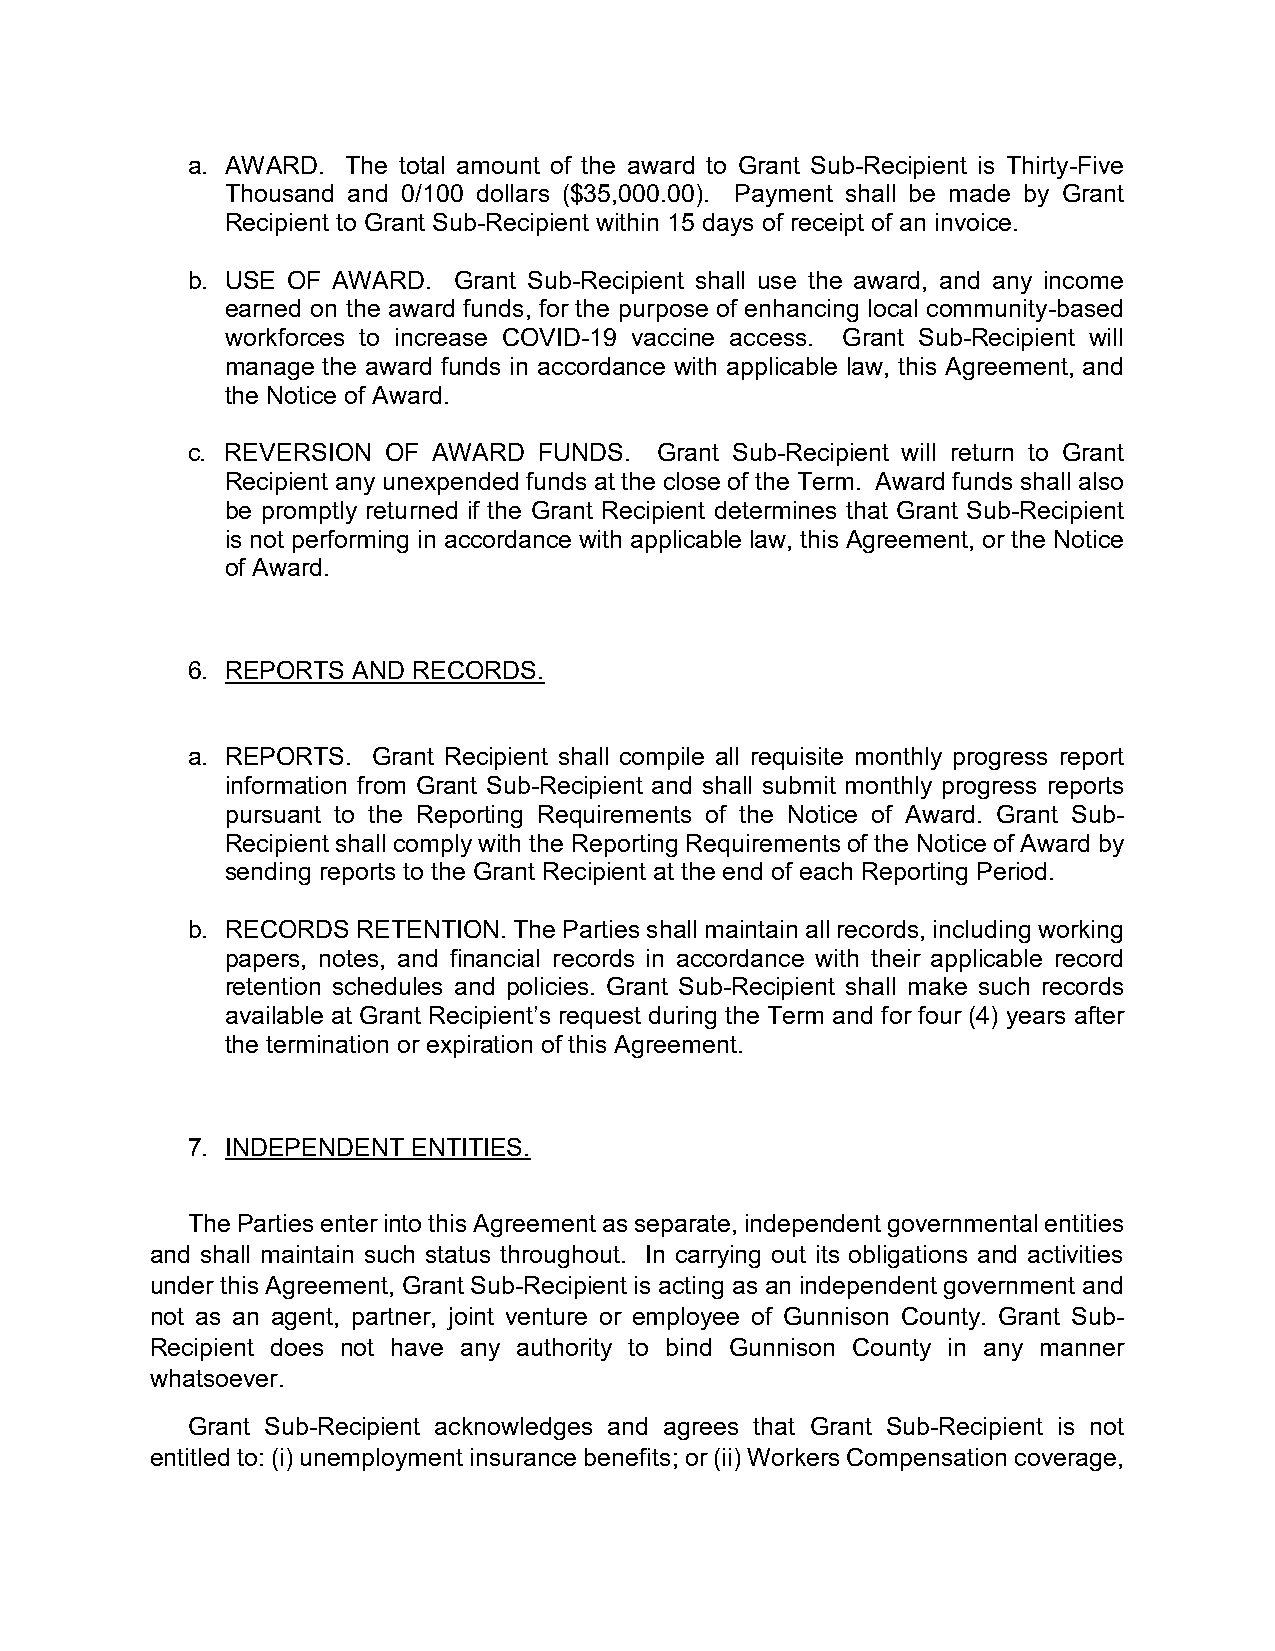
a. AWARD.  The total amount of the award to Grant Sub-Recipient is Thirty-Five
 Thousand and 0/100 dollars ($35,000.00). Payment shall be made by Grant
 Recipient to Grant Sub-Recipient within 15 days of receipt of an invoice.
 b. USE OF AWARD.  Grant Sub-Recipient shall use the award, and any income
 earned on the award funds, for the purpose of enhancing local community-based
 workforces to increase COVID-19 vaccine access. Grant Sub-Recipient will
 manage the award funds in accordance with applicable law, this Agreement, and
 the Notice of Award.
 c. REVERSION OF  AWARD  FUNDS.  Grant Sub-Recipient will return to Grant
 Recipient any unexpended funds at the close of the Term. Award funds shall also
 be promptly returned if the Grant Recipient determines that Grant Sub-Recipient
 is not performing in accordance with applicable law, this Agreement, or the Notice
 of Award.
 6. REPORTS AND RECORDS.
 a. REPORTS.  Grant Recipient shall compile all requisite monthly progress report
 information from Grant Sub-Recipient and shall submit monthly progress reports
 pursuant to the Reporting Requirements of the Notice of Award. Grant Sub-
 Recipient shall comply with the Reporting Requirements of the Notice of Award by
 sending reports to the Grant Recipient at the end of each Reporting Period.
 b. RECORDS  RETENTION. The Parties shall maintain all records, including working
 papers, notes, and financial records in accordance with their applicable record
 retention schedules and policies. Grant Sub-Recipient shall make such records
 available at Grant Recipient’s request during the Term and for four (4) years after
 the termination or expiration of this Agreement.
 7. INDEPENDENT ENTITIES.
 The Parties enter into this Agreement as separate, independent governmental entities
 and shall maintain such status throughout. In carrying out its obligations and activities
 under this Agreement, Grant Sub-Recipient is acting as an independent government and
 not as an agent, partner, joint venture or employee of Gunnison County. Grant Sub-
 Recipient does not have any authority to bind Gunnison County in any manner
 whatsoever.
 Grant Sub-Recipient acknowledges and agrees that Grant Sub-Recipient is not
 entitled to: (i) unemployment insurance benefits; or (ii) Workers Compensation coverage,